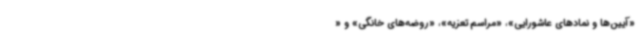
«آیین‌ها و نمادهای عاشورایی»، «مراسم تعزیه»، «روضه‌های خانگی» و «